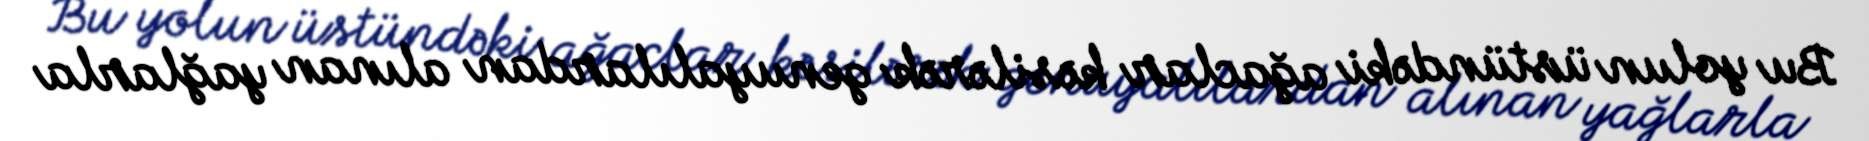
Bu yolun üstündəki ağaclar kəsilərək genuyalılardan alınan yağlarla